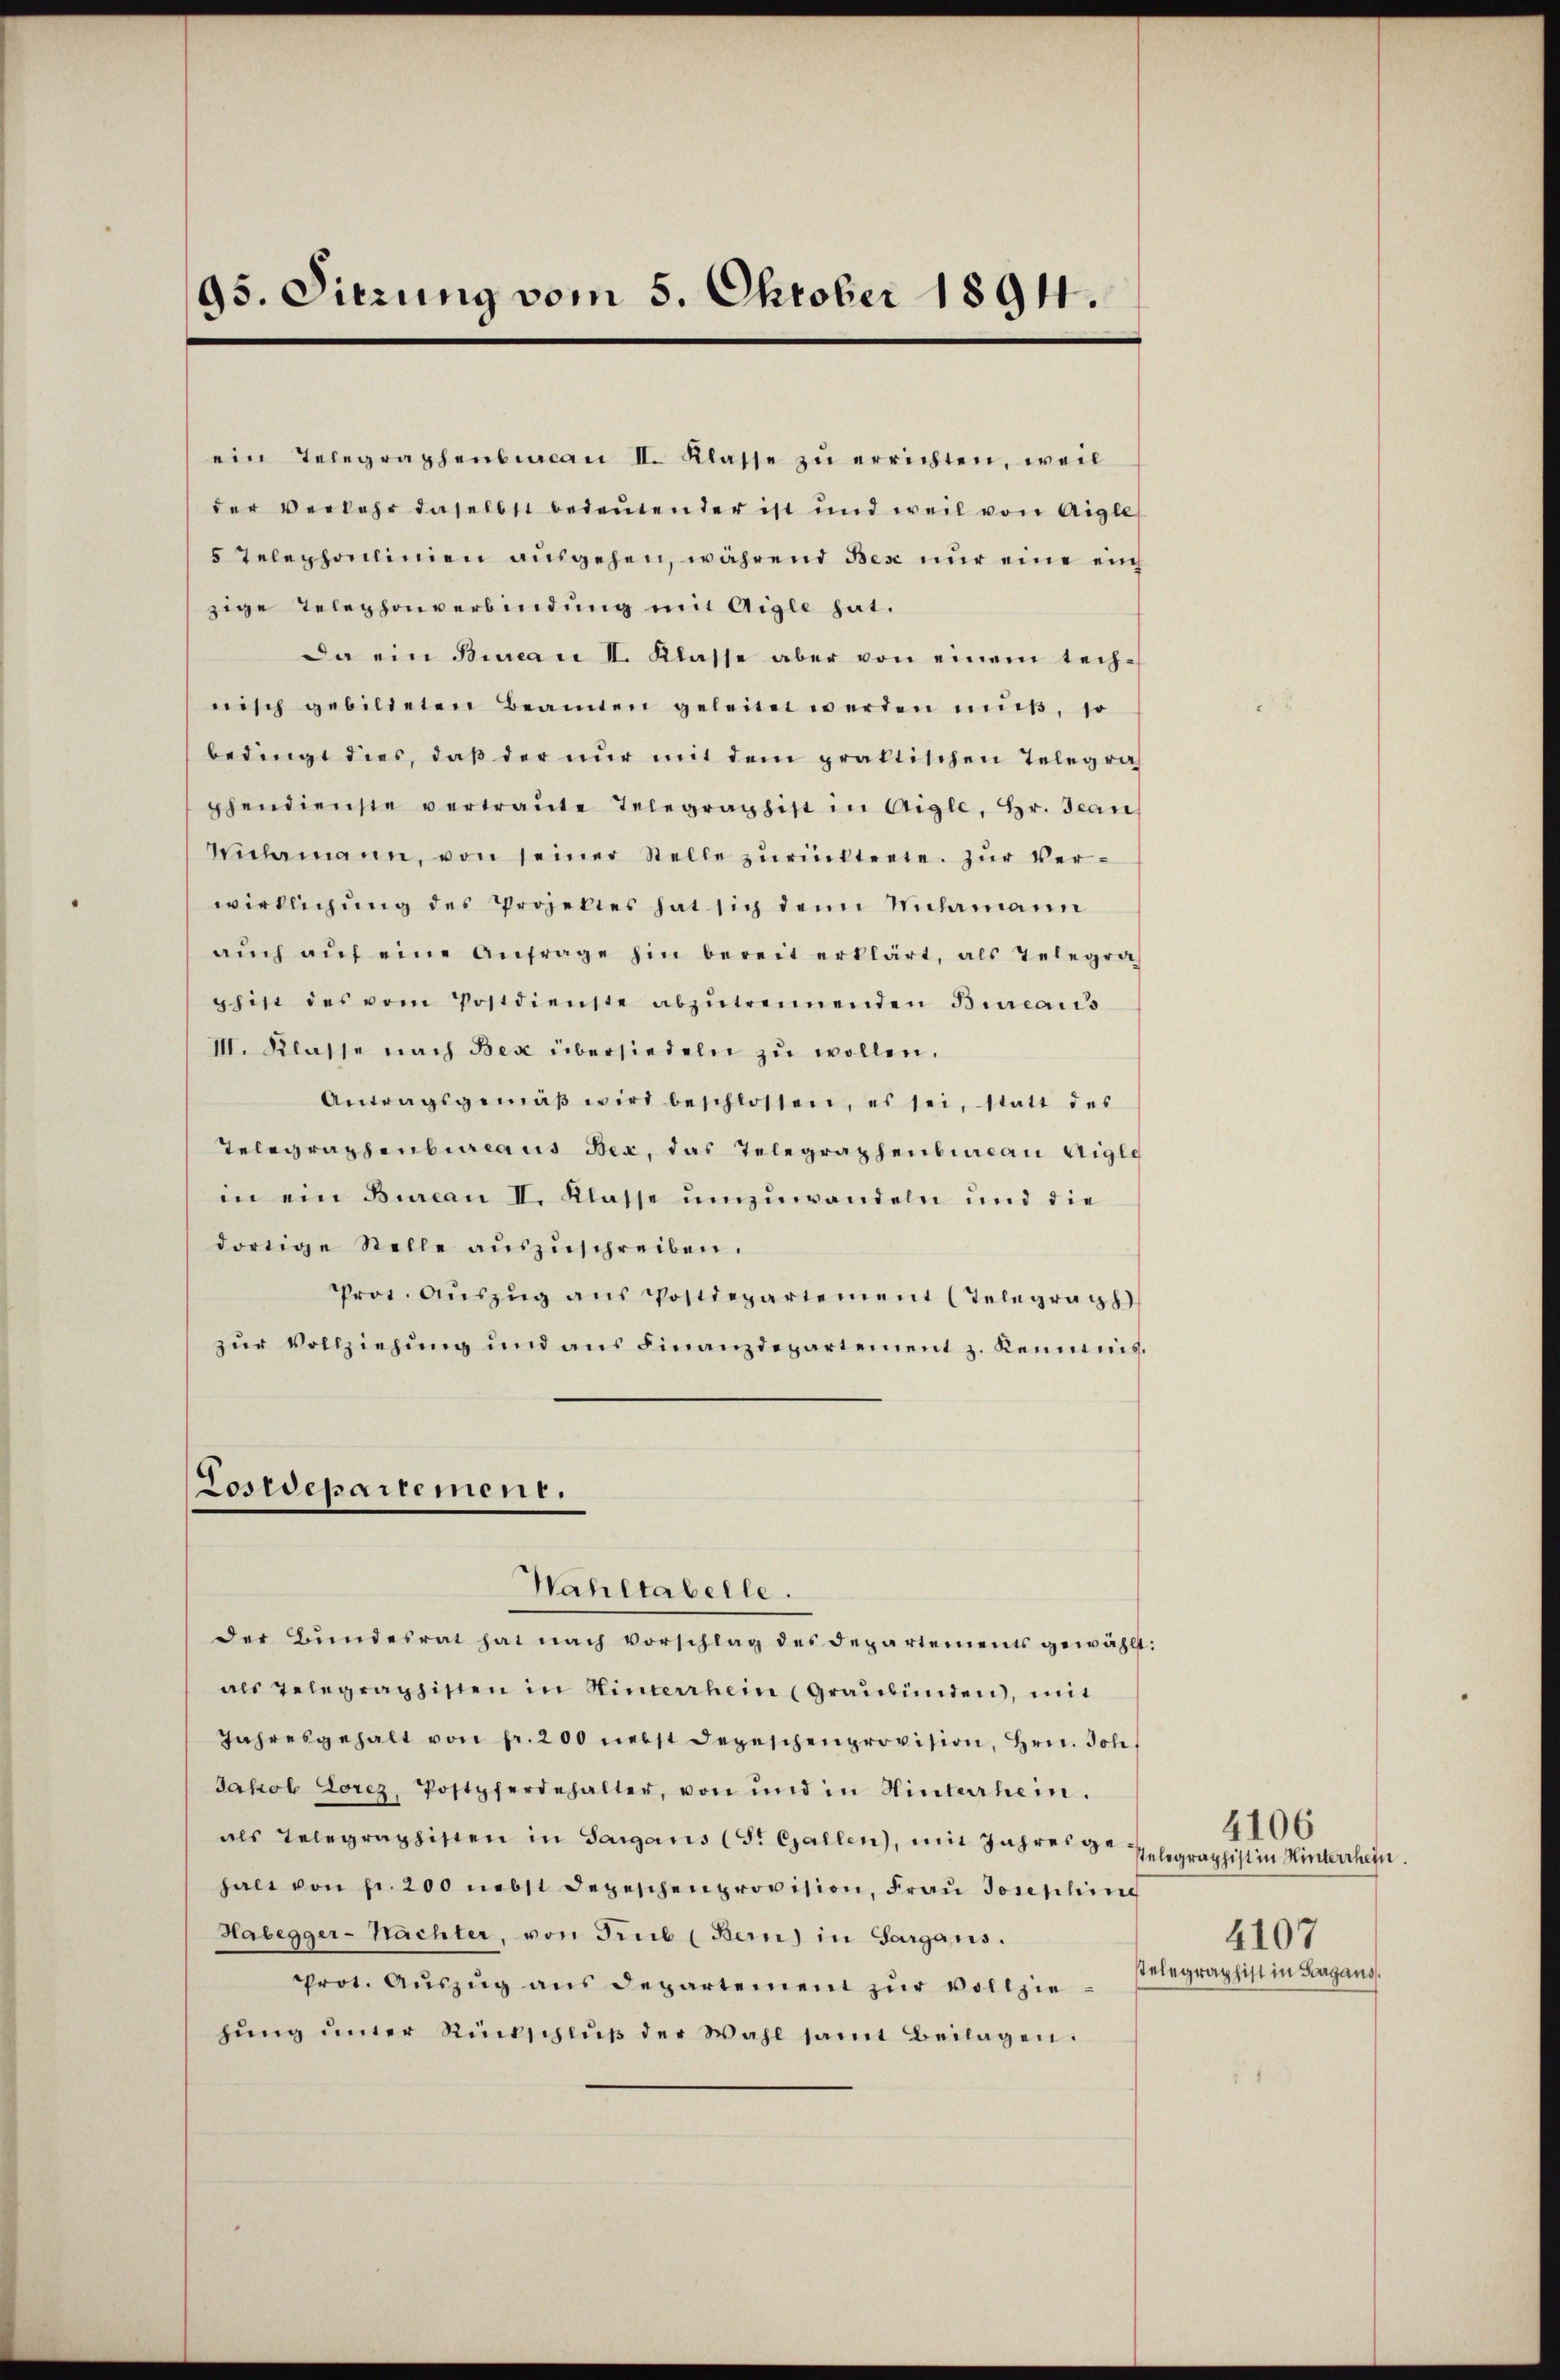
95. Sierung vom 5. Oktober 1894.

ein Telegraphenbican II. Klasse zŭ errichten, weil
der Verlehr daselbst bedeutender ist und weil von Aigle
5 Telephonlinien ausgehen, während Bese nur eine eich
zige Telephonverbindung mit Aigle hat.
Da ein Bureau II. Klasse aber von einem tech-
nisch gebildeten Beamten geleitet werden mŭβ, so
bedingt dies, daß der nur mit dem praktischen Telegrah
phendienste vertraŭte Telegraphist in Aigle, Hr. Jean
Wiclamann, von seiner Stelle zurücktrete. Zur Verwirklichŭng des Projektes hat sich denn Mlamann
aŭch aŭf eine Anfrage hin bereit erklärt, als Telegra
phist des vom Postdienste abzŭtrennenden Bureaus
III. Klasse nach Bex übersiedeln zu wollen.
Antragsgemäβ wird beschlossen, es sei, statt des
Telegraphenbureaus Bex, das Telegraphenbureau Aigle
in ein Bureau II. Klasse umzuwandeln und die
dortige Stelle aŭszŭschreiben.
Prot. Aŭszŭg ans Postdepartement (Telegrath
zŭr Vollziehŭng und ans Finanzdepartement z. Kenntnis.
Lostdepartement.
Wahltabelle.
der Bŭndesrat hat nach vorschlag des Departements gewählt:
als gelegraphisten in Hinterrhein (Graubünden, mit
Jahresgehalt von fr. 200 nebst Depeschenprovision, Hrn. Joh.
Jakob Lorez, Postpferdehalter, von und in Hinterrhein.
als Telegraphisten in Sargans (S. Gallen, mit Jahresge-
halt von fr. 200 nebst depeschenprovision, Fraŭ Josephin
Halegger-Nächter, von Trub (Bern) in Sargans.
prot. Aŭszŭg aŭs departement zŭr vollziehŭng ŭnter Rückschlŭβ der Wahl samt Beilagen.

4106
stelegraphist in Hinterthein
4107
telegraphist in Sargaus,